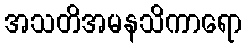
အသတိအမနသိကာရော